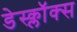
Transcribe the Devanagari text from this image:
डेस्क्लॉक्स